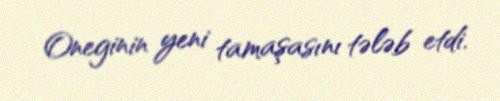
Oneginin yeni tamaşasını tələb etdi.